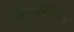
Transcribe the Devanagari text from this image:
अतार्निहित